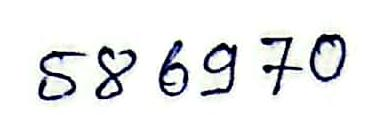
58 69 70